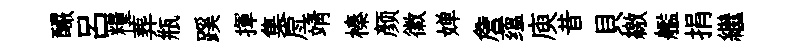
釅吕糧葬瓶蹊揮集戽靖榛颜徽婵詹蕴庾昔貝繳艦捐繼